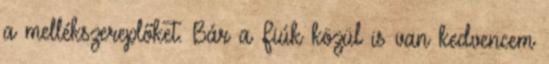
a mellékszereplőket. Bár a Fiúk közül is van kedvencem